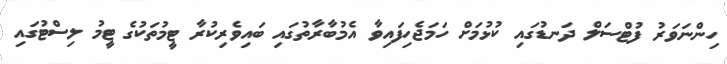
ހިންނަވަރު ފުޓްސަލް ދަނޑުގައި ކުޅުމަށް ހަމަޖެހިފައިވާ އެމުބާރާތުގައި ބައިވެރިކުރާ ޓީމުތަކުގެ ޓީމު ލިސްޓުގައި